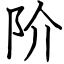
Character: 阶